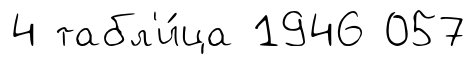
4 табл'и́ца 1946 057